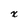
Character: x